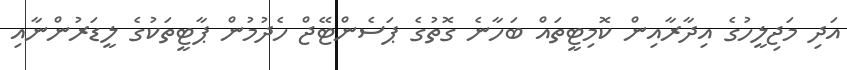
އަދި މަޖިލީހުގެ އިދާރާއިން ކޮމިޓީތައް ބަހާނެ ގޮތުގެ ޕަސެންޓޭޖް ހެދުމުން ޕާޓީތަކުގެ ލީޑަރުންނާއި